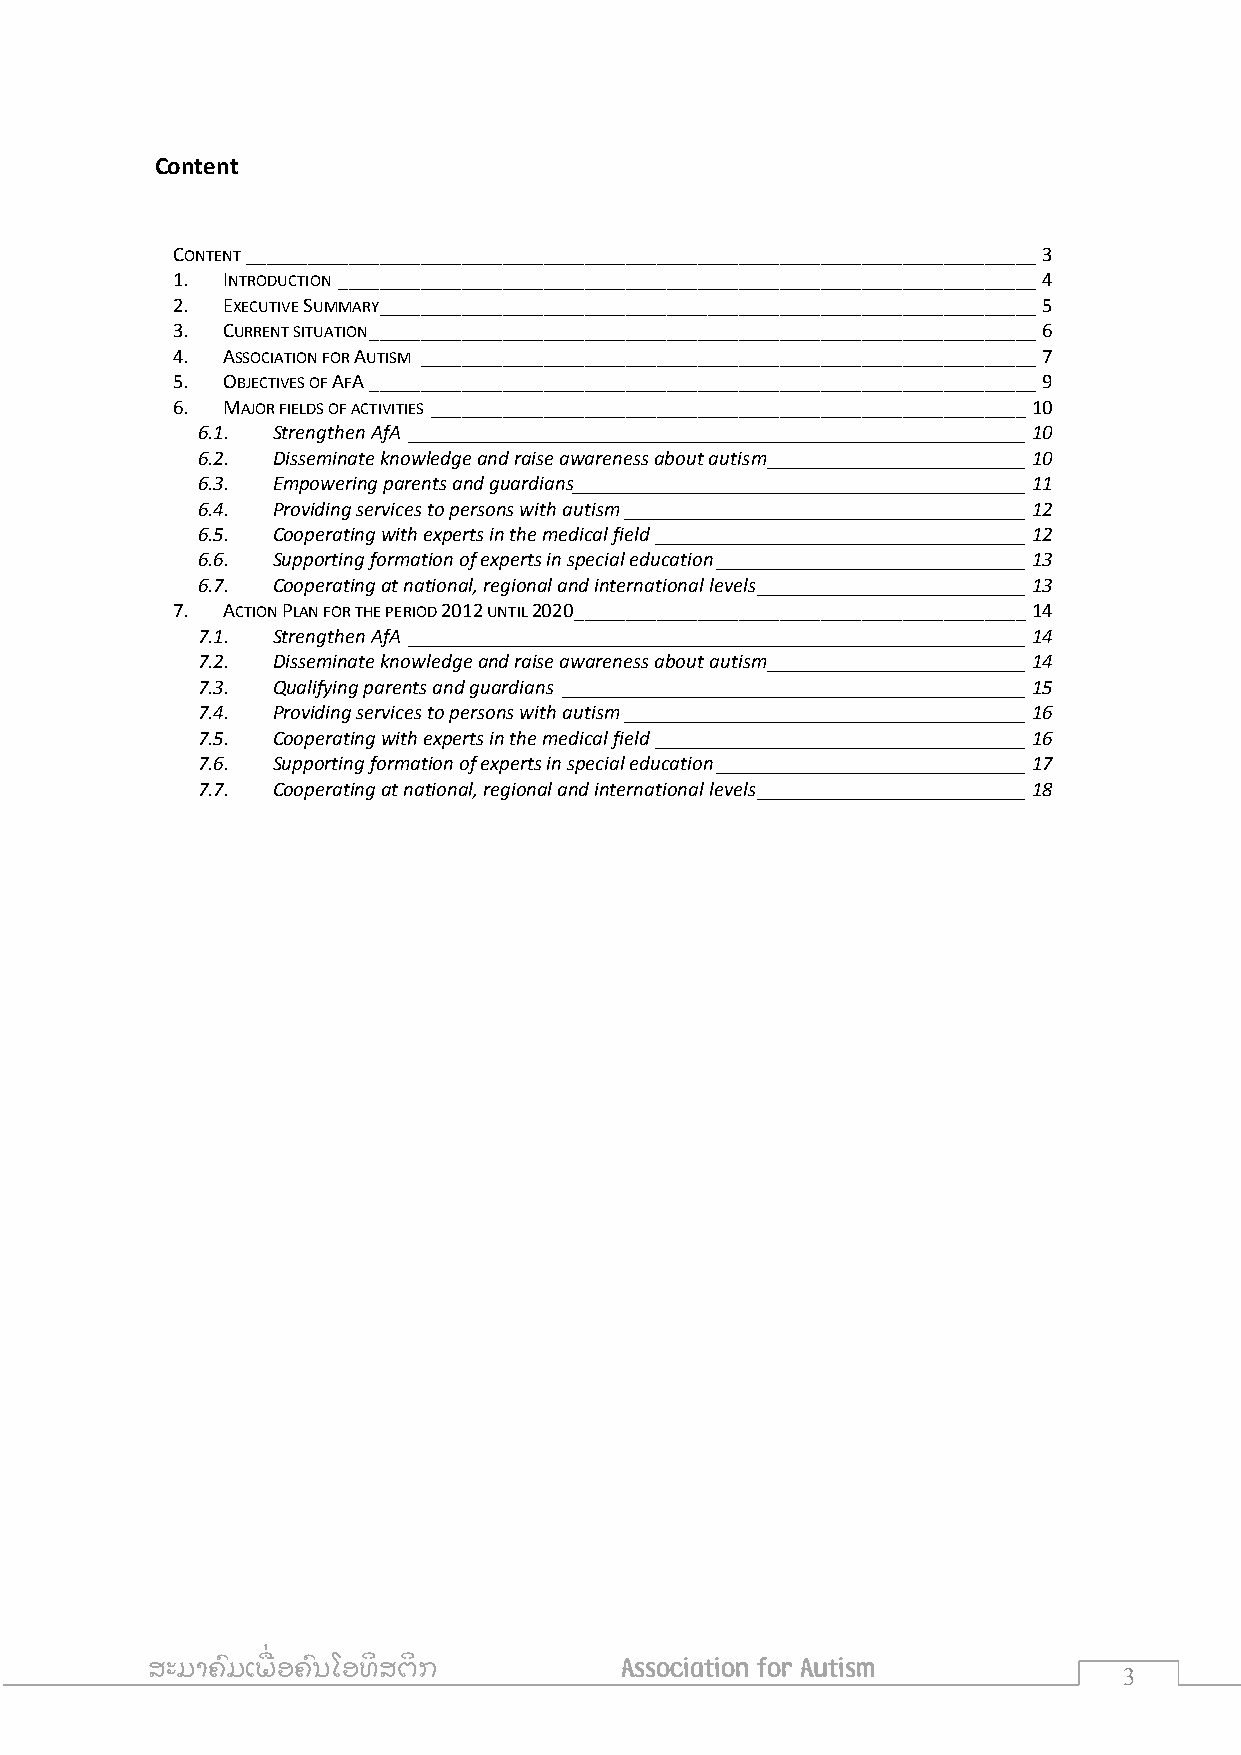
Content
 CONTENT _____________________________________________________________________________ 3
 1.  INTRODUCTION ____________________________________________________________________ 4
 2.  EXECUTIVE SUMMARY ________________________________________________________________ 5
 3.  CURRENT SITUATION _________________________________________________________________ 6
 4.  ASSOCIATION FOR AUTISM ____________________________________________________________ 7
 5.  OBJECTIVES OF AFA _________________________________________________________________ 9
 6.  MAJOR FIELDS OF ACTIVITIES __________________________________________________________ 10
 6.1. Strengthen AfA ____________________________________________________________ 10
 6.2. Disseminate knowledge and raise awareness about autism _________________________ 10
 6.3. Empowering parents and guardians____________________________________________ 11
 6.4. Providing services to persons with autism _______________________________________ 12
 6.5. Cooperating with experts in the medical field ____________________________________ 12
 6.6. Supporting formation of experts in special education ______________________________ 13
 6.7. Cooperating at national, regional and international levels __________________________ 13
 7.  ACTION PLAN FOR THE PERIOD 2012 UNTIL 2020 ____________________________________________ 14
 7.1. Strengthen AfA ____________________________________________________________ 14
 7.2. Disseminate knowledge and raise awareness about autism _________________________ 14
 7.3. Qualifying parents and guardians _____________________________________________ 15
 7.4. Providing services to persons with autism _______________________________________ 16
 7.5. Cooperating with experts in the medical field ____________________________________ 16
 7.6. Supporting formation of experts in special education ______________________________ 17
 7.7. Cooperating at national, regional and international levels __________________________ 18
 ສະມາຄົ ມເພ ື່ ອຄົ ນໂອທິ ສຕິ ກ  Association for Autism
 3